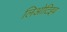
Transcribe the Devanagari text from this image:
लिओटिइव